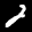
Label: 2